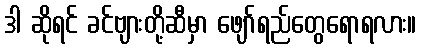
ဒါ ဆိုရင် ခင်ဗျားတို့ဆီမှာ ဖျော်ရည်တွေရောရလား။